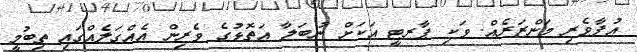
އުފާވެރި މަންޒަރެއް. ވަކި ޕާރޓީ އަކަށް ނުބަލާ އަތޮޅުގެ ވެރިން އެއްގަލެއްގައި ތިބުމީ